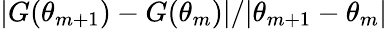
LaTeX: |G(\theta_{m+1})-G(\theta_{m})|/|\theta_{m+1}-\theta_{m}|